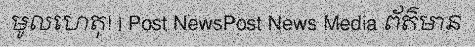
មូលហេតុ! | Post NewsPost News Media ព័ត៌មាន